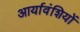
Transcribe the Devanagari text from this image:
आर्यावंशियों